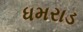
ધમરાડ